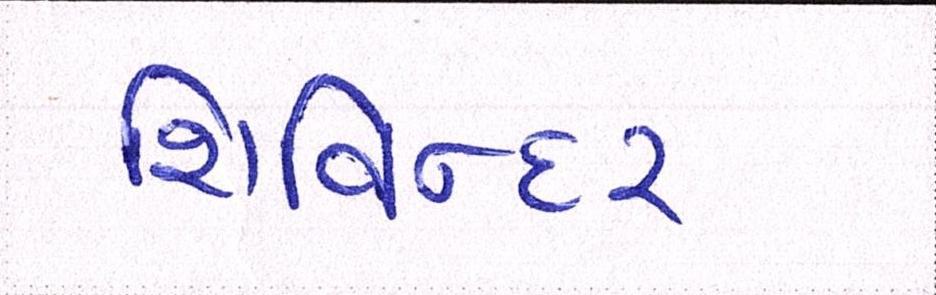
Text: શિવિન્દર